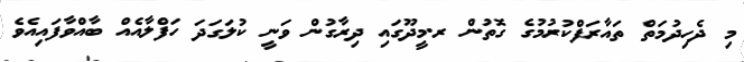
މި ދެހިދުމަތް ތައާރަފްކުރުމުގެ ގޮތުން ރ.މީދޫގައި ދިރާގުން ވަނީ ކުލަގަދަ ހަފްލާއެއް ބާއްވާފައިއެވެ